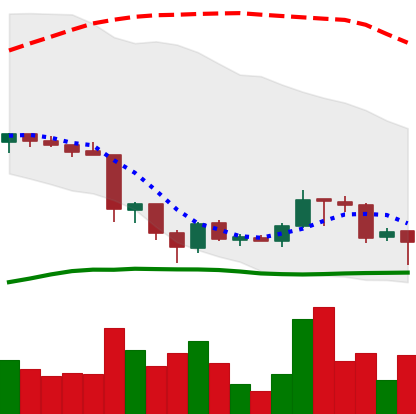
Ticker: TRX-USD
Chart end date: 2018-06-24
Forward return: -12.301%
Label: down_7plus